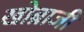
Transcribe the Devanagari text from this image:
खोब्राजी